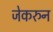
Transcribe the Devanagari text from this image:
जेकरुन